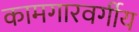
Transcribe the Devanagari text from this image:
कामगारवर्गीय